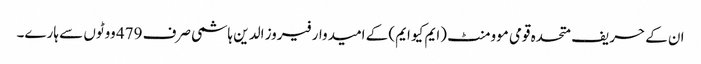
ان کے حریف متحدہ قومی موومنٹ (ایم کیو ایم) کے امیدوار فیروز الدین ہاشمی صرف 479 ووٹوں سے ہارے۔